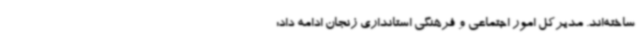
ساخته‌اند. مدیرکل امور اجتماعی و فرهنگی استانداری زنجان ادامه داد: